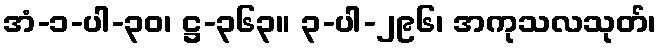
အံ-၁-ပါ-၃၀၊ ဋ္ဌ-၃၆၃။ ၃-ပါ-၂၉၆၊ အကုသလသုတ်၊